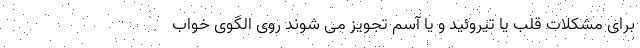
برای مشکلات قلب یا تیروئید و یا آسم تجویز می ‌شوند روی الگوی خواب